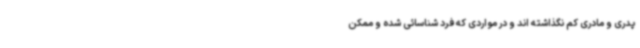
پدری و مادری کم نگذاشته اند و در مواردی که فرد شناسائی شده و ممکن